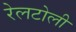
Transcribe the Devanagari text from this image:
रेलटोली